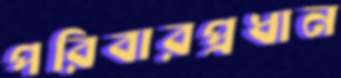
পরিবারপ্রধান